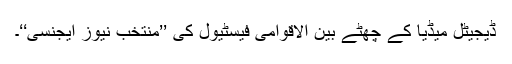
ڈیجیٹل میڈیا کے چھٹے بین الاقوامی فیسٹیول کی ’’منتخب نیوز ایجنسی‘‘۔